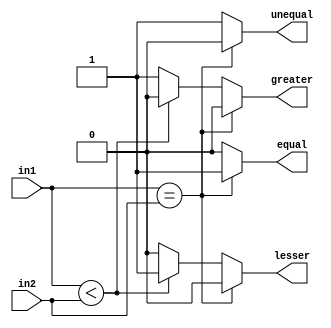
module CMP16 #(parameter SIZE = 16) (input [SIZE-1:0] in1, in2, 
    output reg equal, unequal, greater, lesser);
always @ (in1 or in2) begin
    if(in1 == in2) begin
	    equal = 1;
		unequal = 0;
		greater = 0;
		lesser = 0;
	end	
	else begin
	    equal = 0;
		unequal = 1;
	    if(in1 < in2) begin
		    greater = 0;
		    lesser = 1;
	    end	
	    else begin
		    greater = 1;
		    lesser = 0;
	    end	
	end	
end
endmodule